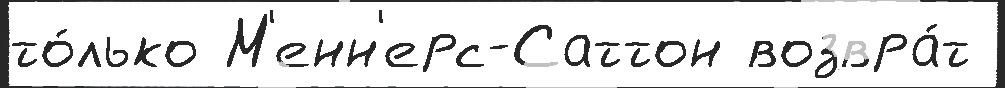
то́лько М'енн'ерс-Саттон возвра́т